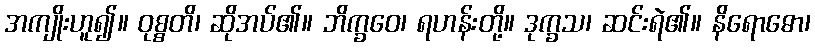
အကျိုးဟူ၍။ ဝုစ္စတိ၊ ဆိုအပ်၏။ ဘိက္ခဝေ၊ ရဟန်းတို့။ ဒုက္ခသ၊ ဆင်းရဲ၏။ နိရောဓော၊